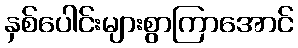
နှစ်ပေါင်းများစွာကြာအောင်